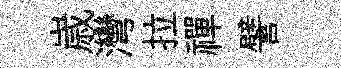
𡻕灣拉禪譬